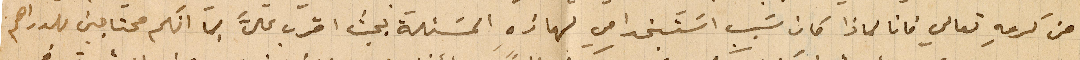
من كرمهِ تعالى فانا لماذا كان سَبب اسَتنجدا في لهاذهِ المسئلة بحيث اقرب على بما انكم محتاجين للدراهم